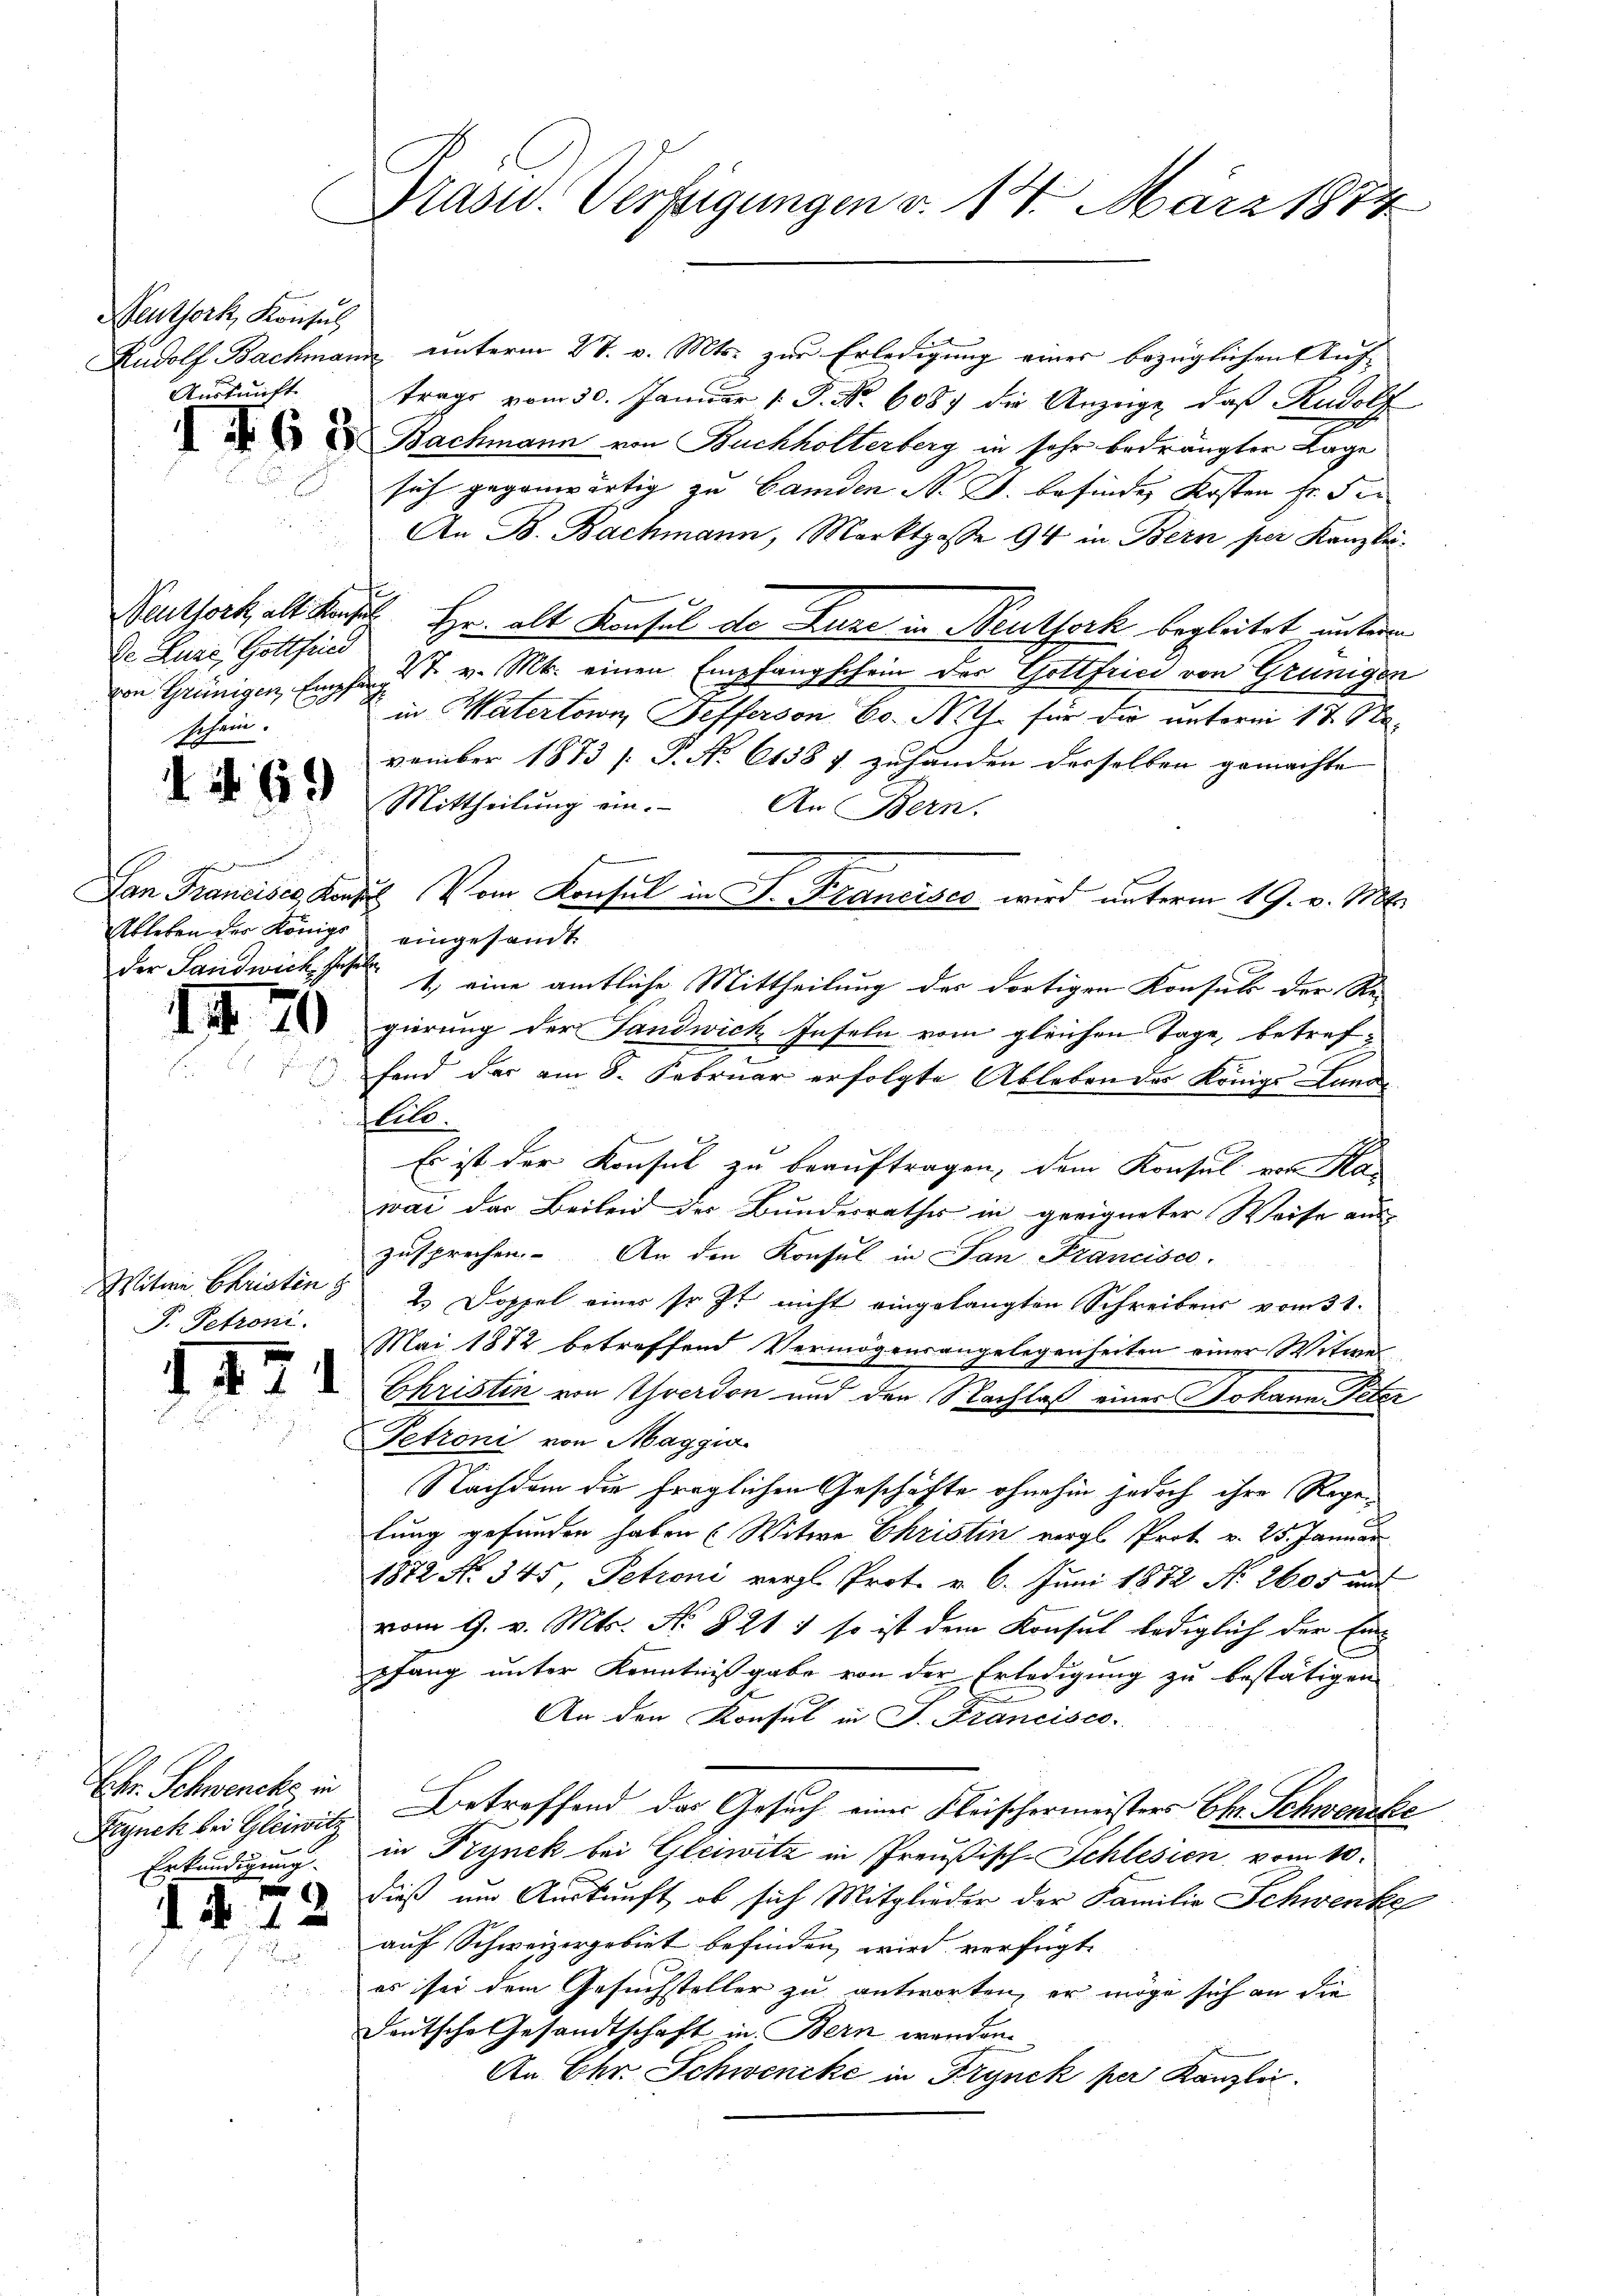
Neuthork, Konsul
Auskunft

Dr. Lure, Gottfried
schein.

§ 421

6)

Ableben der Königs eingesandt

II2

Witwe Christen z
P. Petroni.

Ehr. Schwencke in
Frynch bei Gleiwitz
Erkundigung.

3

Prasw. Verfügungen d. 14. März 1874

Rudolf Bachmann unterm 27. v. Mts. zur Erledigung einer bezüglichen Auf-
trags vom 30. Januar 1 S. Nr. 608. die Anzeige, daß Rudolf
e
 Bachmann von Buchholterberg in sehr bedrängter Lage
sich gegenwärtig zu Handen N. Z. befinden Kosten fr. der
An B. Bachmann, Marktgasse 94 in Bern per Kanzlei.
Weuthork, alt manches Hr. alt Konsul de Luze in Neuthork begleitet unterm
von Greinigen, Empfand 7. v. M. einen Empfangschein der Gottfried von Grünigen
in Matertown, Hefferson Co. N. Z. für die unterm 17. Na-
vember 1873 /: P. No 6138 f. zuhanden derselben gemachte
Mittheilung ein. An Bern.
der Landwicke 1. eine amtliche Mittheilung der dortigen Konsuls der Regierung der Landwich Inseln vom gleichen Tage, betref-
fend der am 8. Februar erfolgte Ableben des Königs Landlilo.
Es ist der Konsul zu beauftragen, dem Konsul von Ka
wai das Beileid der Bundesrathes in geeigneter Weise aus
zusprechen. An den Konsul in San Francisco
es Doppel eines so ist nicht eingelangten Schreibens vom 31.
Mai 1872 betreffend Vermögensangelegenheiten einer Witwe
e
Christen von Yverdon und den Nachlaß eines Johann Peter
Petroni von Maggia
Nachdem die fraglichen Geschäfte ohnehin jedoch ihre Rege
lung gefunden haben (Witwe Christin vergl. Prot. v. 25. Januar
1872 No. 345 Petroni vergl. Prot. v. 6. Juni 1872 No 2605 und
vom 9. v. Mts. No. 821 1 so ist dem Konsul lediglich der Einpfang unter Kenntnißgabe von der Erledigung zu bestätigen
An den Konsul in J. Francisco
Betreffend das Gesuch eines Kleischermeisters Chr. Schwencke
in Trynek bei Gleiwitz in Preußisch-Schlesien vom 10.
dieß um Auskunft, ob sich Mitglieder der Familie Schwenke
auf Schweizergebiet befinden wird verfügt:
es sei dem Gesuchsteller zu antworten, er möge sich an die
Deutsche Gesandtschaft in Bern werden.
An Ehr Schwencke in Frynck per Kanzlei.

Lan Francises Kanze Vom Konsul in P. Francises wird unterm 19. v. 1886.